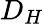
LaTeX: D_{H}